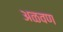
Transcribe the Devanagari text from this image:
अळवण